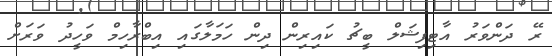
ރޭ ދަންވަރު އާޓިފިޝަލް ބީޗު ކައިރިން ދިން ހަމަލާގައި އިބްރާހިމް ވަހީދު ވަރަށް